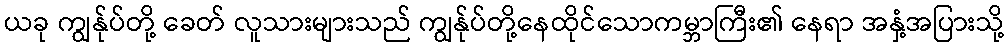
ယခု ကျွန်ုပ်တို့ ခေတ် လူသားများသည် ကျွန်ုပ်တို့နေထိုင်သောကမ္ဘာကြီး၏ နေရာ အနှံ့အပြားသို့